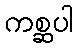
ကစ္ဆပါ